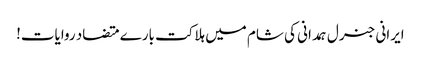
ایرانی جنرل ہمدانی کی شام میں ہلاکت بارے متضاد روایات!